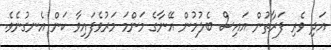
އަދި ވެރި ފަރާތުން އައިސް ބެލުމުން އޭނާގެ މަންމަ މަރުވެފައިވާ ކަން އެނގުނެވެ.